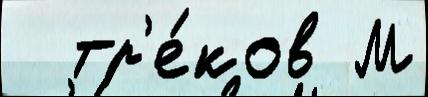
  тр'е́ков М